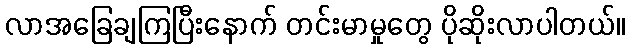
လာအခြေချကြပြီးနောက် တင်းမာမှုတွေ ပိုဆိုးလာပါတယ်။